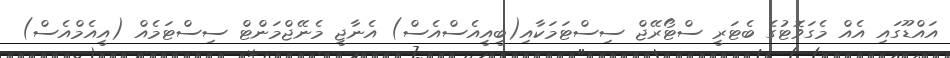
އައްޑޫގައި އެއް މެގަވޮޓުގެ ބެޓަރީ ސްޓޯރޭޖް ސިސްޓަމަކާއި(ބީއީއެސްއެސް) އެނާޖީ މެނޭޖްމަންޓް ސިސްޓަމެއް (އީއެމްއެސް)